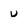
Character: u